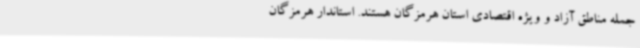
جمله مناطق آزاد و ویژه اقتصادی استان هرمزگان هستند. استاندار هرمزگان